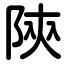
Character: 陝